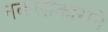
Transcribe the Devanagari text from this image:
नकलाकाराने